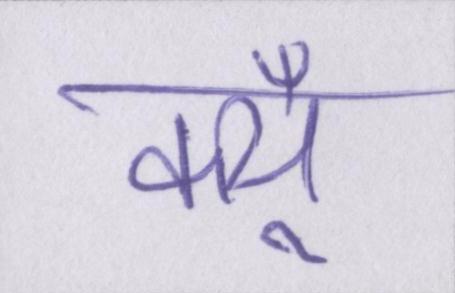
क्यूँ